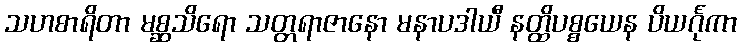
သဟစာရိတာ မစ္ဆသိရော သတ္တရာဇာနော မနာပဒါယီ နတ္ထိပစ္စယေန ပိယင်္ဂုကာ